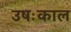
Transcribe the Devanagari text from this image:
उषःकाल